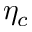
\eta _ { c }